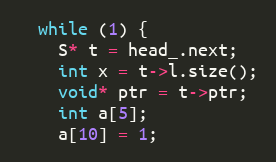
Language: C++
  while (1) {
    S* t = head_.next;
    int x = t->l.size();
    void* ptr = t->ptr;
    int a[5];
    a[10] = 1;